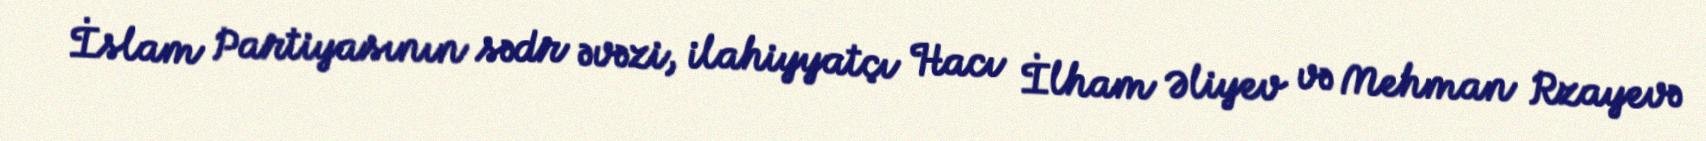
İslam Partiyasının sədr əvəzi, ilahiyyatçı Hacı İlham Əliyev və Mehman Rzayevə